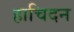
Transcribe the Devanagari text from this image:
हाचिदन